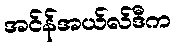
အင်န်အယ်လ်ဒီက